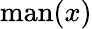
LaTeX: {\mathrm{man}}(x)